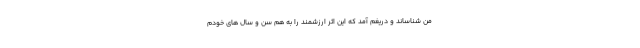
من شناساند و دریغم آمد که این اثر ارزشمند را به هم سن و سال های خودم